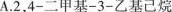
A.2，4-二甲基-3-乙基己烷